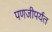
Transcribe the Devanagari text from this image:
पणजीपर्यंत